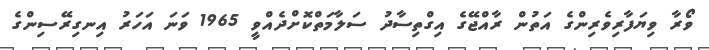
ވޯރާ ވިޔަފާރިވެރިންގެ އަތުން ރާއްޖޭގެ އިގްތިސާދު ސަލާމަތްކޮށްދެއްވީ 1965 ވަނަ އަހަރު އިނގިރޭސިންގެ